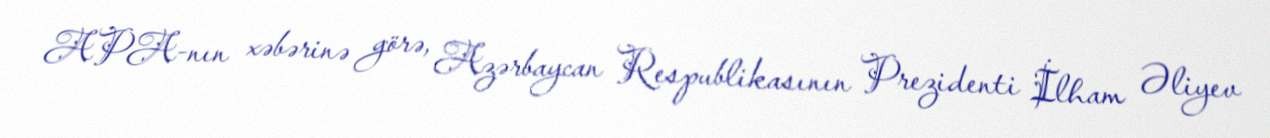
APA-nın xəbərinə görə, Azərbaycan Respublikasının Prezidenti İlham Əliyev